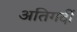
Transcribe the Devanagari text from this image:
अतिगर्दी